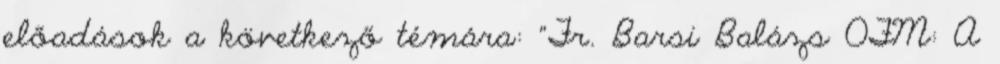
előadások a következő témára: "Fr. Barsi Balázs OFM: A